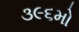
૩૯૬મો